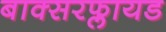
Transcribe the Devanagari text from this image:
बाक्सरफ्लायड